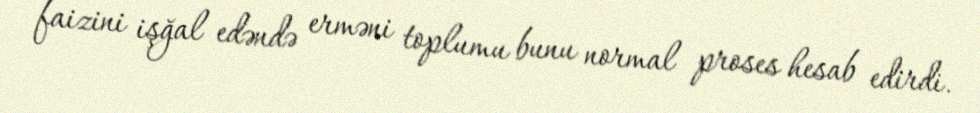
faizini işğal edəndə erməni toplumu bunu normal proses hesab edirdi.